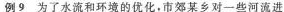
例9 为了水流和环境的优化，市郊某乡对一些河流进